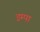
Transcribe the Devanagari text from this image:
इम्पा